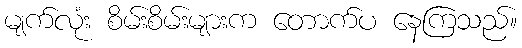
မျက်လုံး စိမ်းစိမ်းများက တောက်ပ နေကြသည်။